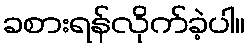
ခစားရန်လိုက်ခဲ့ပါ။